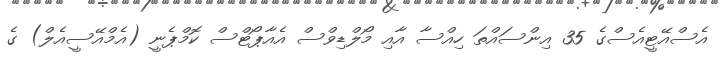
އެސްއޭޓީއެސްގެ 35 އިންސައްތަ ހިއްސާ އާއި މޯލްޑިވްސް އެއާޕޯޓްސް ކޮމްޕެނީ (އެމްއޭސީއެލް) ގެ